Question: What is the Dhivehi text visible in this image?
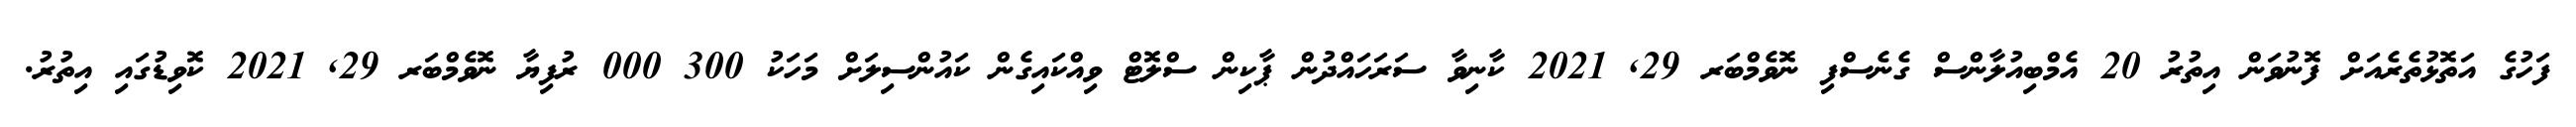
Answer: ފަހުގެ އަތޮޅުތެރެއަށް ފޮނުވަން އިތުރު 20 އެމްބިއުލާންސް ގެނެސްފި ނޮވެމްބަރ 29, 2021 ކާނިވާ ސަރަހައްދުން ޕާކިން ސްލޮޓް ވިއްކައިގެން ކައުންސިލަށް މަހަކު 300 000 ރުފިޔާ ނޮވެމްބަރ 29, 2021 ކޮވިޑުގައި އިތުރު.